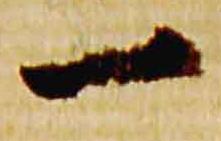
一